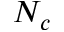
N _ { c }